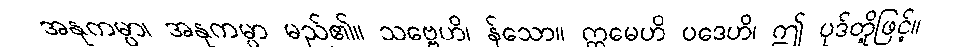
အနုကမ္ပာ၊ အနုကမ္ပာ မည်၏။ သဗ္ဗေဟိ၊ န်သော။ ဣမေဟိ ပဒေဟိ၊ ဤ ပုဒ်တို့ဖြင့်။